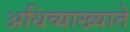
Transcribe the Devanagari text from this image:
अधिव्याख्याते